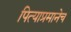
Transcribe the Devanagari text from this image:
पित्याप्रमानेच